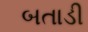
બતાડી